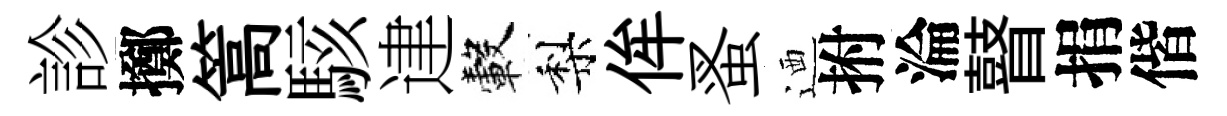
診擲篙駭䢖轂梨侔蚤迺拊淪瞽捐偕